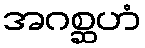
အဂစ္ဆဟံ